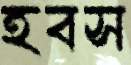
হবস